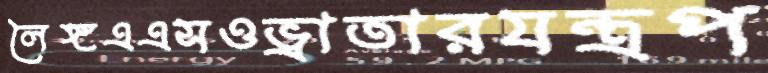
লৈঙ্গএএসওভ্রাতারযন্ত্রপ